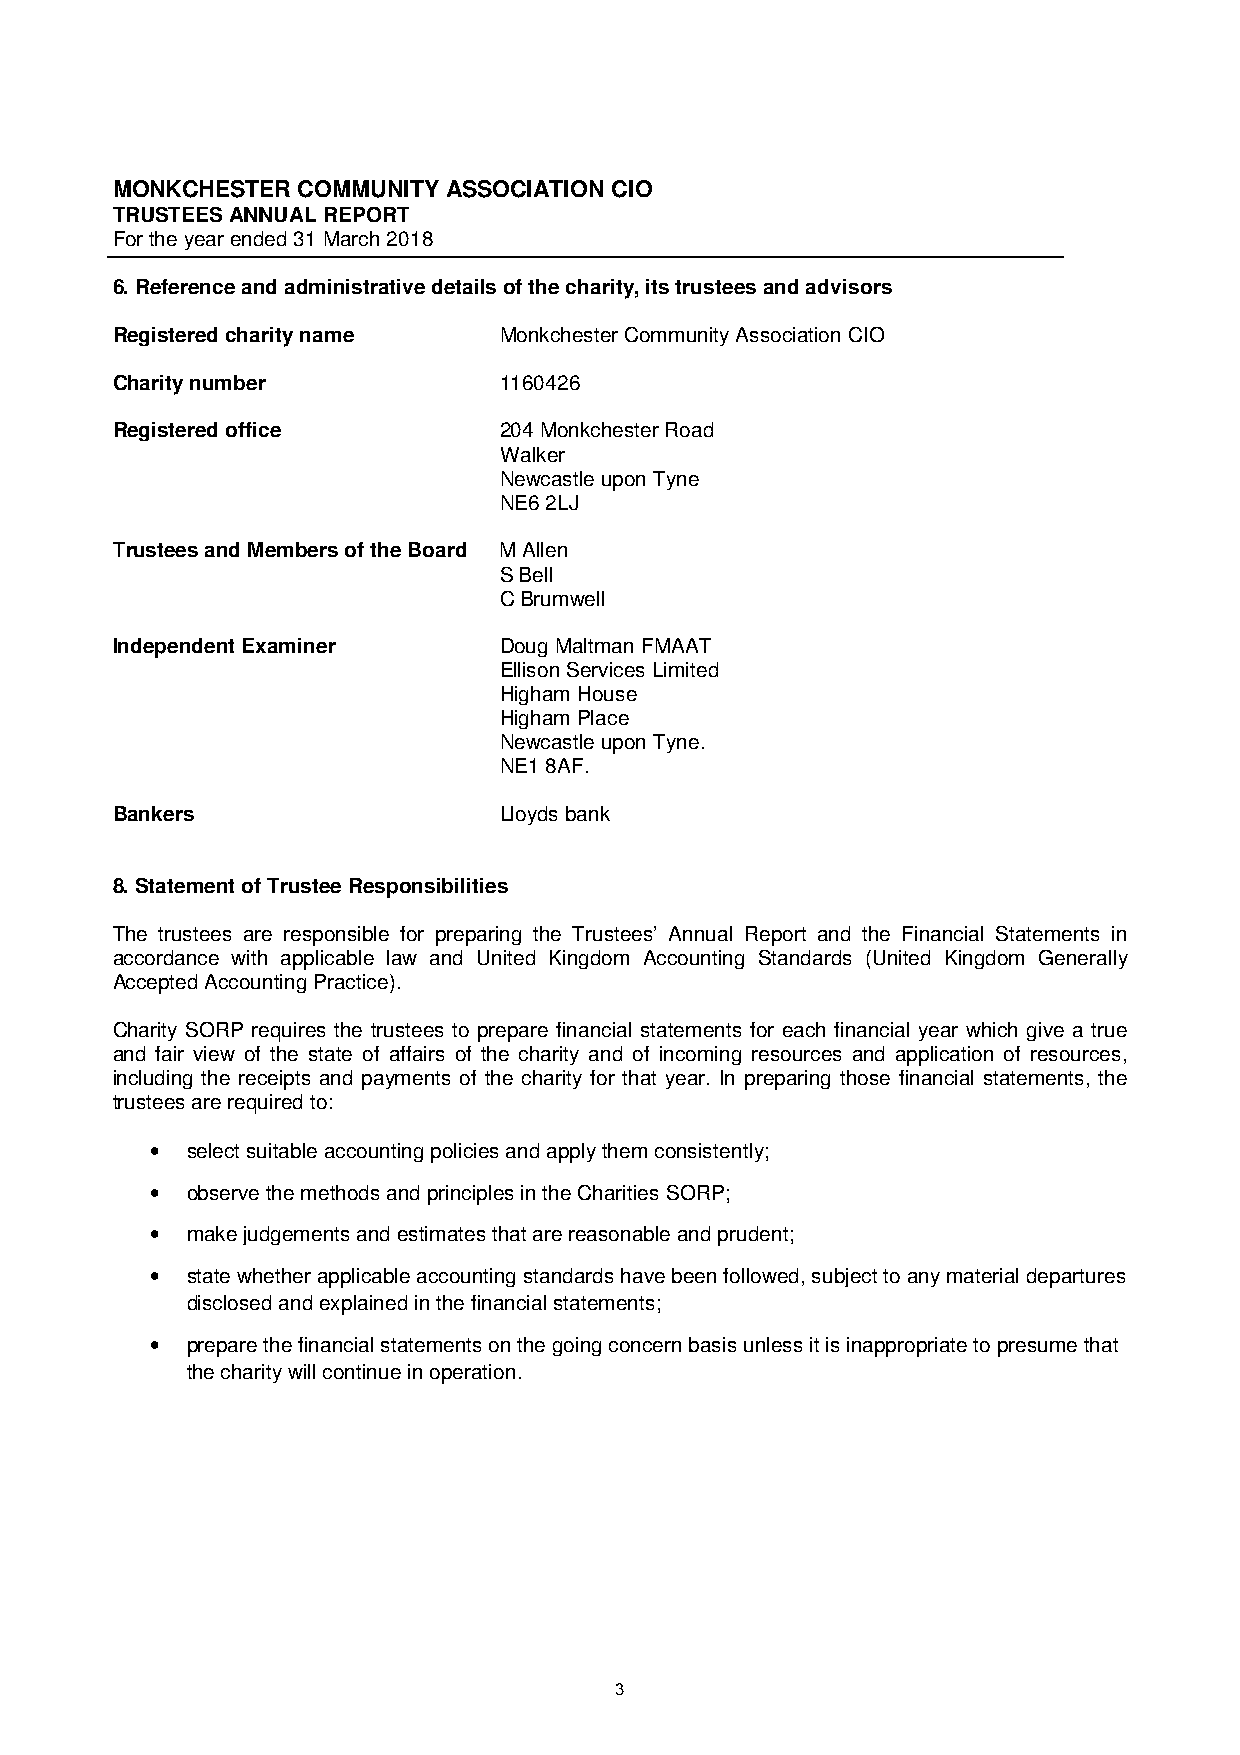
MONKCHESTER  COMMUNITY ASSOCIATION CIO
 TRUSTEES ANNUAL REPORT
 For the year ended 31 March 2018
 6.Reference and administrative details of the charity, its trustees and advisors
 Registered charity name   Monkchester Community Association CIO
 Charity number            1160426
 Registered office         204 Monkchester Road
 Walker
 Newcastle upon Tyne
 NE6 2LJ
 Trustees and Members of the Board M Allen
 S Bell
 C Brumwell
 Independent Examiner      Doug Maltman FMAAT
 Ellison Services Limited
 Higham House
 Higham Place
 Newcastle upon Tyne.
 NE1 8AF.
 Bankers                   Lloyds bank
 8.Statement of Trustee Responsibilities
 The trustees are responsible for preparing the Trustees’ Annual Report and the Financial Statements in
 accordance with applicable law and United Kingdom Accounting Standards (United Kingdom Generally
 Accepted Accounting Practice).
 Charity SORP requires the trustees to prepare financial statements for each financial year which give a true
 and fair view of the state of affairs of the charity and of incoming resources and application of resources,
 including the receipts and payments of the charity for that year. In preparing those financial statements, the
 trustees are required to:
 • select suitable accounting policies and apply them consistently;
 • observe the methods and principles in the Charities SORP;
 • make judgements and estimates that are reasonable and prudent;
 • state whether applicable accounting standards have been followed, subject to any material departures
 disclosed and explained in the financial statements;
 • prepare the financial statements on the going concern basis unless it is inappropriate to presume that
 the charity will continue in operation.
 3